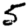
Digit: 5